Indian journal of veterinary science and animal husbandry - Volume 8,
Year: 1938
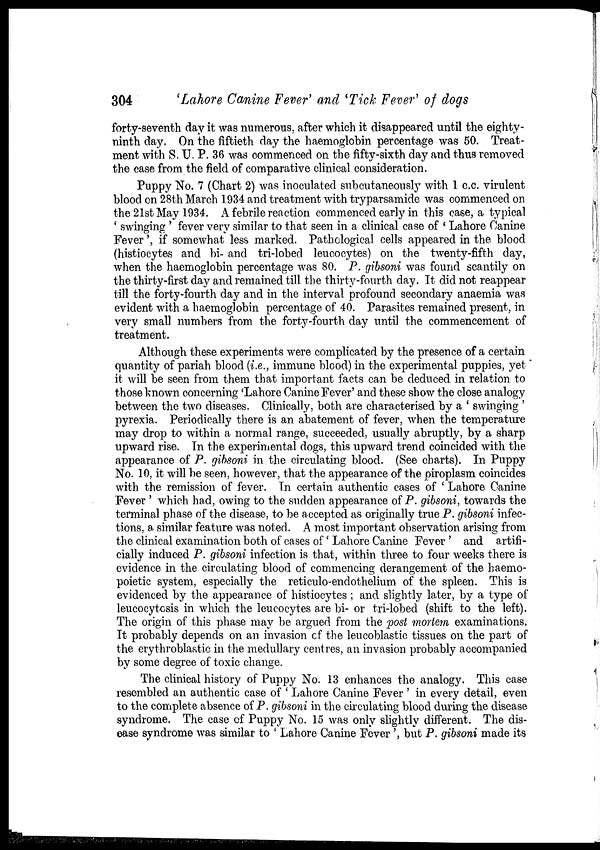
304
'Lahore Canine Fever' and 'Tick Fever' of dogs
forty-seventh day it was numerous, after which it disappeared until the eighty-
ninth day. On the fiftieth day the haemoglobin percentage was 50. Treat-
ment with S. U. P. 36 was commenced on the fifty-sixth day and thus removed
the case from the field of comparative clinical consideration.
Puppy No. 7 (Chart 2) was inoculated subcutaneously with 1 c.c. virulent
blood on 28th March 1934 and treatment with tryparsamide was commenced on
the 21st May 1934. A febrile reaction commenced early in this case, a typical
' swinging ' fever very similar to that seen in a clinical case of ' Lahore Canine
Fever', if somewhat less marked. Pathological cells appeared in the blood
(histiocytes and bi- and tri-lobed leucocytes) on the twenty-fifth day,
when the haemoglobin percentage was 80. P. gibsoni was found scantily on
the thirty-first day and remained till the thirty-fourth day. It did not reappear
till the forty-fourth day and in the interval profound secondary anaemia was
evident with a haemoglobin percentage of 40. Parasites remained present, in
very small numbers from the forty-fourth day until the commencement of
treatment.
Although these experiments were complicated by the presence of a certain
quantity of pariah blood (i.e., immune blood) in the experimental puppies, yet
it will be seen from them that important facts can be deduced in relation to
those known concerning 'Lahore Canine Fever' and these show the close analogy
between the two diseases. Clinically, both are characterised by a ' swinging '
pyrexia. Periodically there is an abatement of fever, when the temperature
may drop to within a normal range, succeeded, usually abruptly, by a sharp
upward rise. In the experimental dogs, this upward trend coincided with the
appearance of P. gibsoni in the circulating blood. (See charts). In Puppy
No. 10, it will be seen, however, that the appearance of the piroplasm coincides
with the remission of fever. In certain authentic cases of ' Lahore Canine
Fever ' which had, owing to the sudden appearance of P. gibsoni, towards the
terminal phase of the disease, to be accepted as originally true P. gibsoni infec-
tions, a similar feature was noted. A most important observation arising from
the clinical examination both of cases of ' Lahore Canine Fever ' and artifi-
cially induced P. gibsoni infection is that, within three to four weeks there is
evidence in the circulating blood of commencing derangement of the haemo¬
poietic system, especially the reticulo-endothelium of the spleen. This is
evidenced by the appearance of histiocytes; and slightly later, by a type of
leucocytosis in which the leucocytes are bi- or tri-lobed (shift to the left).
The origin of this phase may be argued from the post mortem examinations.
It probably depends on an invasion of the leucoblastic tissues on the part of
the erythroblastic in the medullary centres, an invasion probably accompanied
by some degree of toxic change.
The clinical history of Puppy No. 13 enhances the analogy. This case
resembled an authentic case of ' Lahore Canine Fever ' in every detail, even
to the complete absence of P. gibsoni in the circulating blood during the disease
syndrome. The case of Puppy No. 15 was only slightly different. The dis-
ease syndrome was similar to ' Lahore Canine Fever ', but P. gibsoni made its